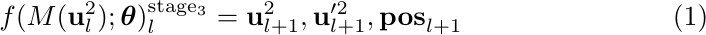
\begin{equation}
f(M(\mathbf{u}_{l}^2);\boldsymbol{\theta})_{l}^\mathrm{stage_{3}}=\mathbf{u}_{l+1}^2, \mathbf{u}_{l+1}^{\prime2}, \mathbf{pos}_{l+1}
\end{equation}